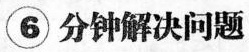
⑥ 分钟解决问题